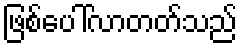
ဖြစ်ပေါ်လာတတ်သည်